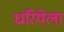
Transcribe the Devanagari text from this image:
धरियेला